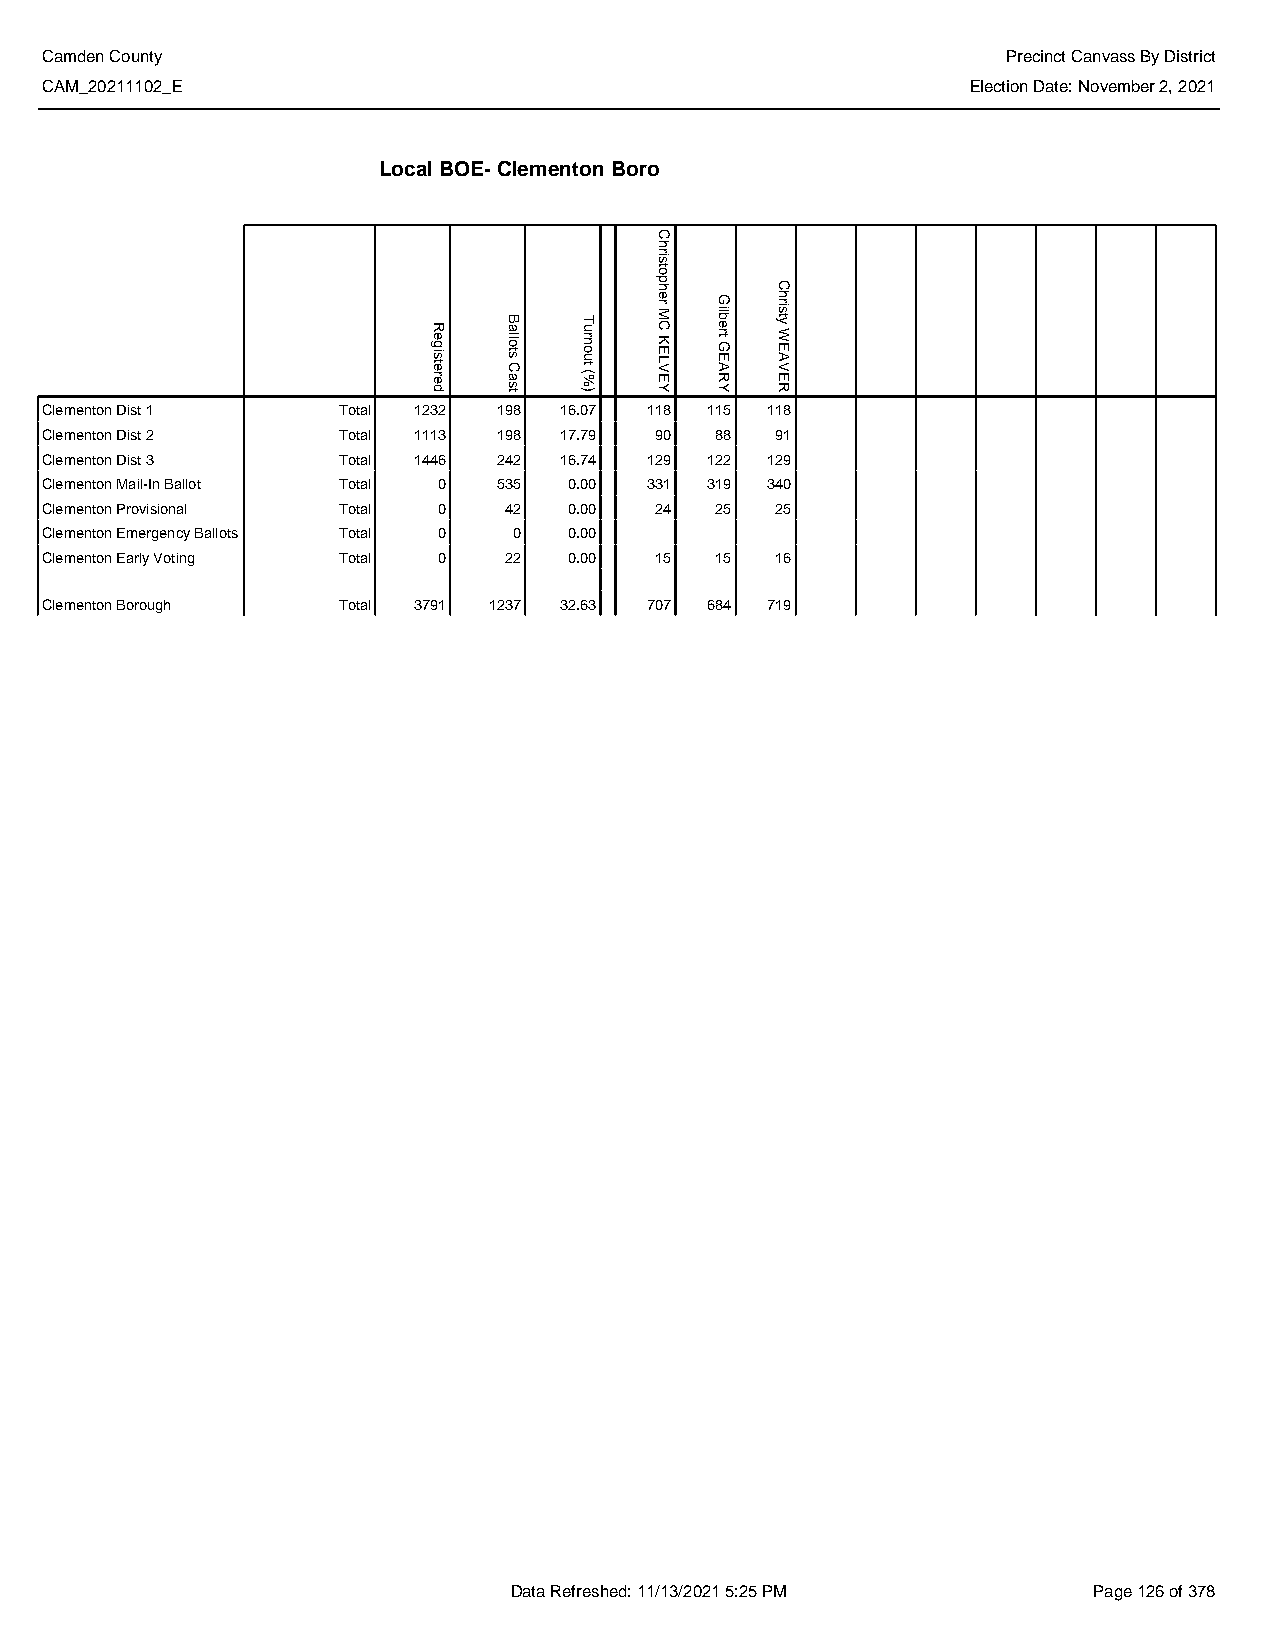
Camden County                                                   Precinct Canvass By District
 CAM_20211102_E                                               Election Date: November 2, 2021
 Local BOE- Clementon Boro
 Clementon Dist 1   Total 1232 198 16.07 118 115 118
 Clementon Dist 2   Total 1113 198 17.79 90  88  91
 Clementon Dist 3   Total 1446 242 16.74 129 122 129
 Clementon Mail-In Ballot Total 0 535 0.00 331 319 340
 Clementon Provisional Total 0 42   0.00 24  25  25
 Clementon Emergency Ballots Total 0 0 0.00
 Clementon Early Voting Total 0 22  0.00 15  15  16
 Clementon Borough  Total 3791 1237 32.63 707 684 719
 Data Refreshed: 11/13/2021 5:25 PM    Page 126 of 378
 Registered
 Ballots
 Cast
 Turnout
 (%)
 Christopher
 MC
 KELVEY
 Gilbert
 GEARY
 Christy
 WEAVER